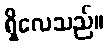
ရှိလေသည်။